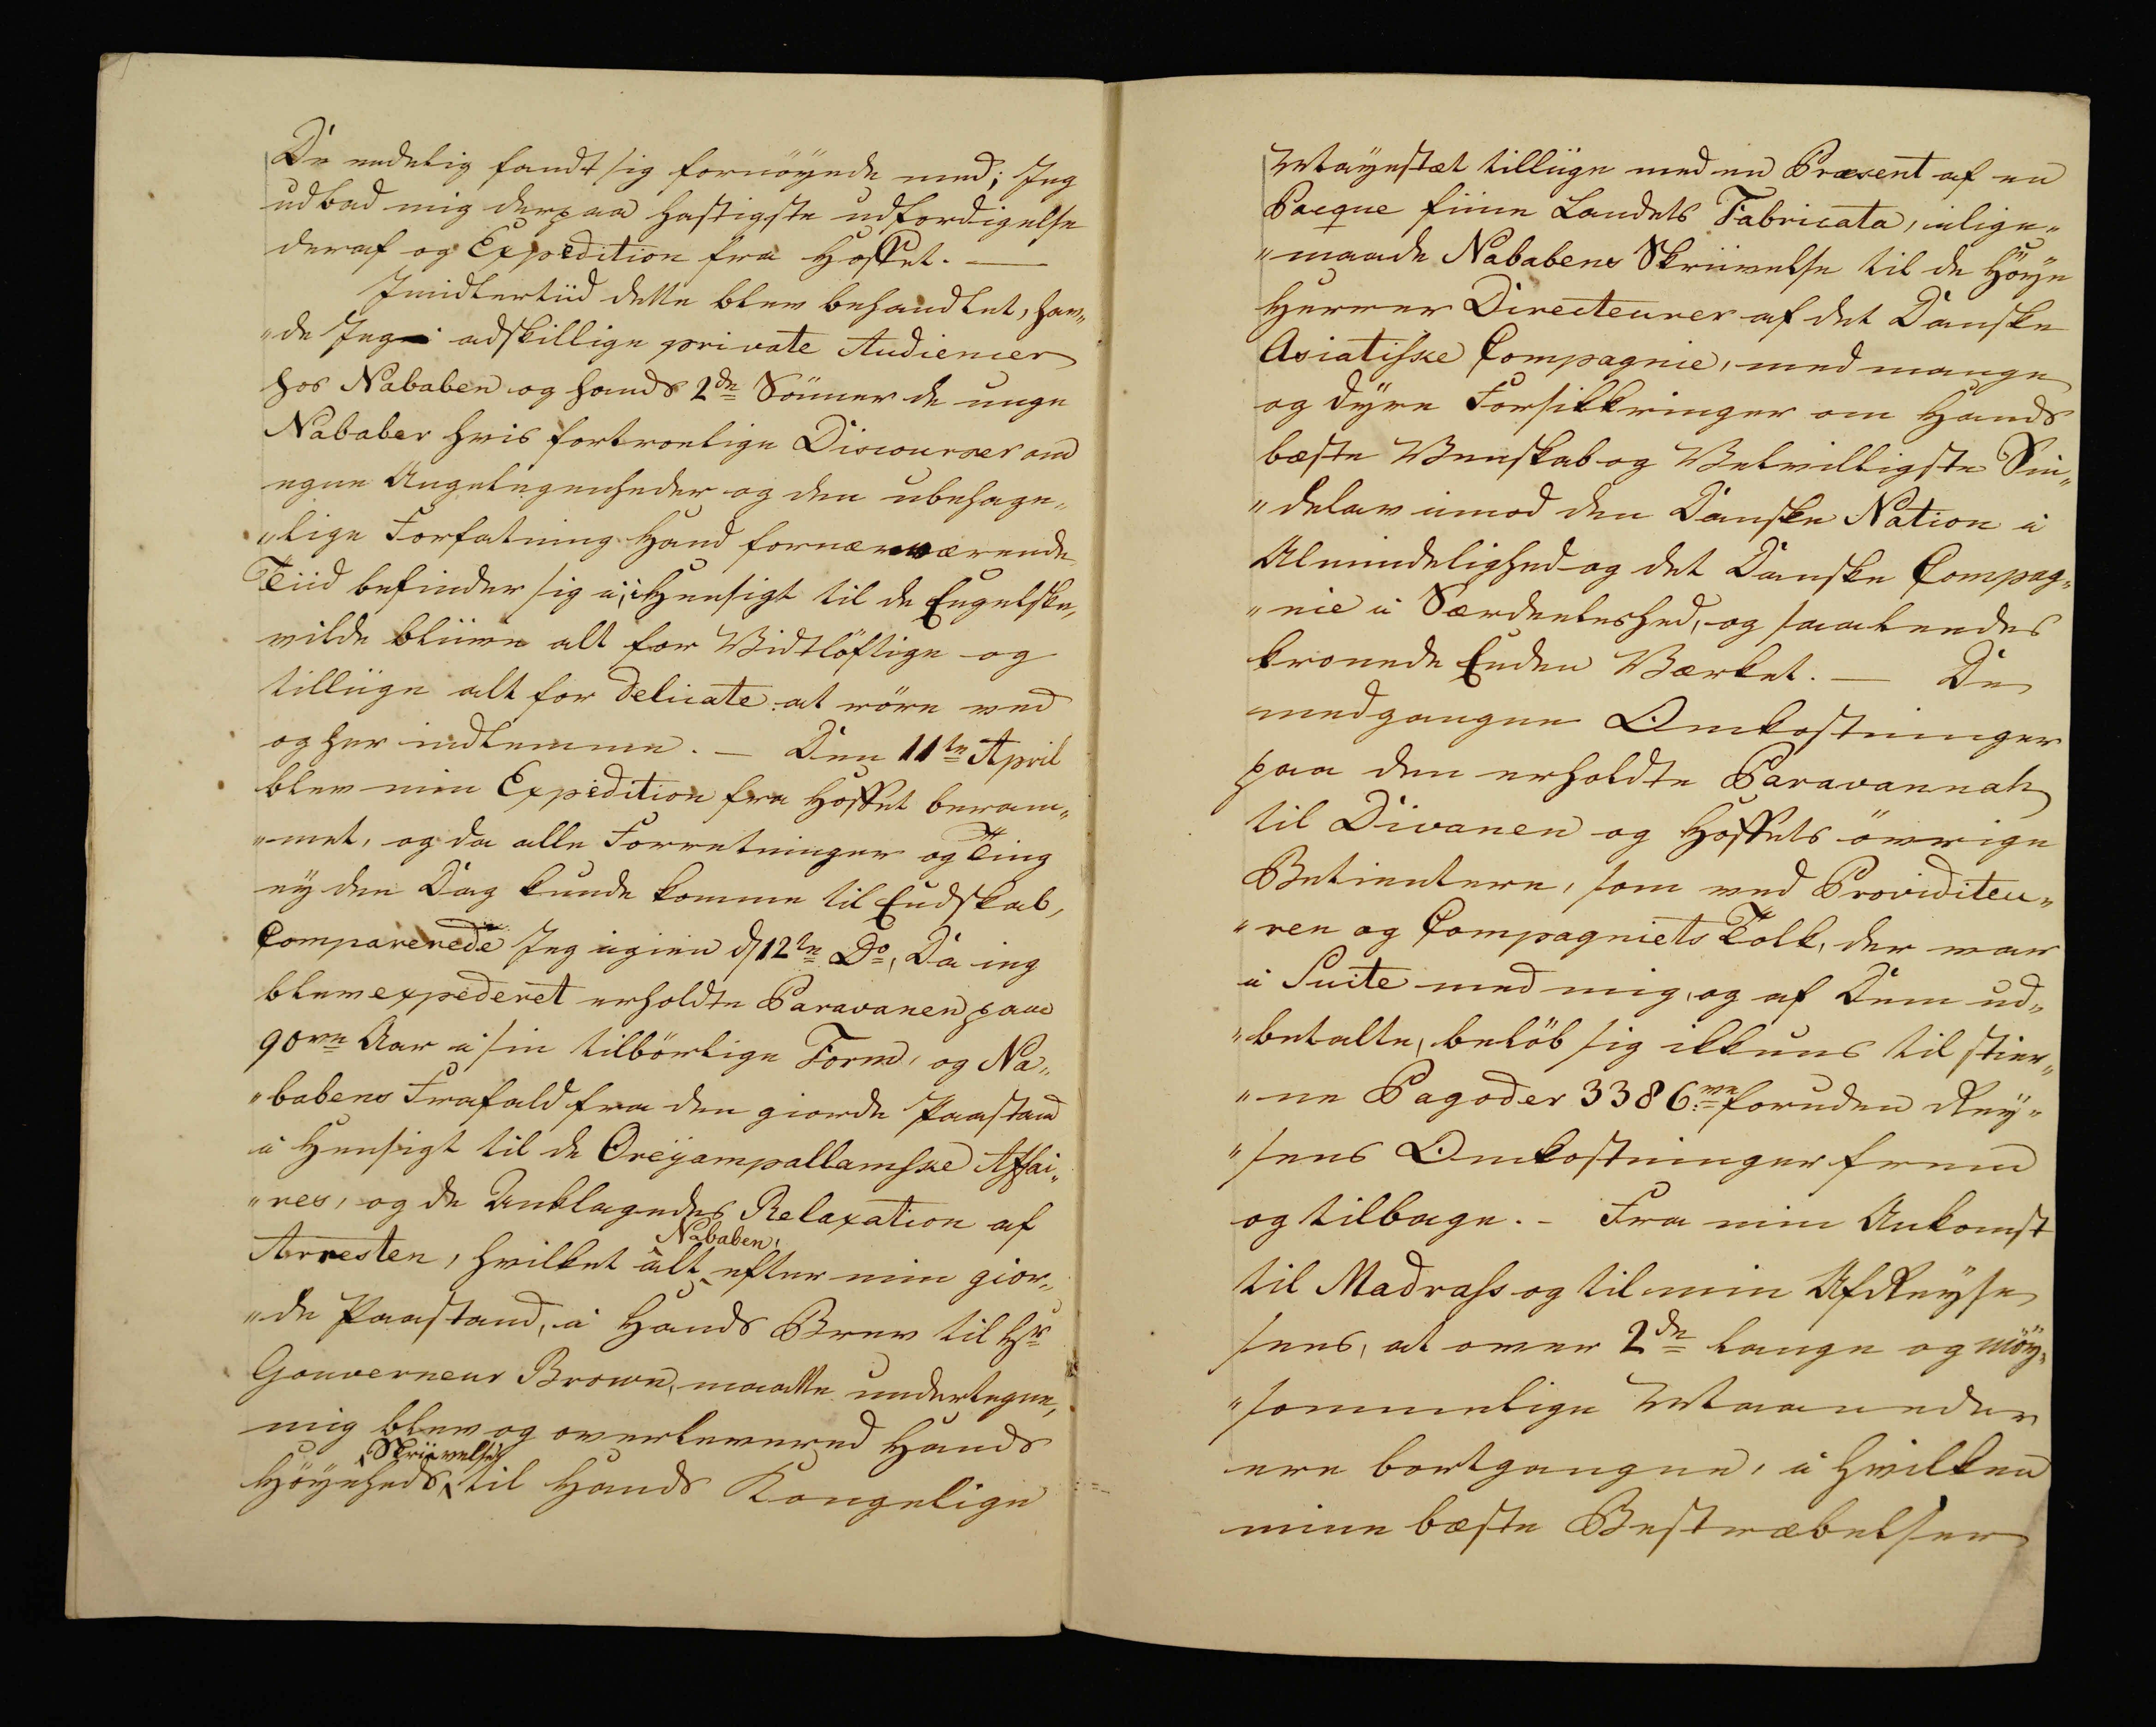
Transkription:
De endelig fandt sig fornöyede med; Jeg
udbad mig derpaa hastigste udfordigelse
deraf og Expedition fra Hoffet. —
Imidlertiid dette blev behandlet, hav„
„de Jeg adskillige private Audiencer
hos Nababen og hands 2de Sönner de unge
Nababer hvis fortroelige Discourser om
egen Angelegenheder og den ubehage„
„lige Forfatning Hand fornærværende
Tiid befinder sig i; i Hensigt til de Engelske,
vilde bliive alt for Vidtlöftige og
tilliige alt for Delicate at röre ved
og her indlevere. - Den 11te April
blev min Expedition fra Hoffet beram„
„met, og da alle Forretninger og Ting
ey den Dag kunde komme til Endskab,
Comparerede Jeg igien d 12te Do, Da ieg
blev expederet erholdte Paravanen paa
90re Aar i sin tilbörlige Form, og Na„
„babens Frafald fra den giorde Paastand
i Hensigt til de Oreyampallamske Affai„
„res, og de Anklagedes Relaxation af
Arresten, hvilket alt Nababen efter min gior„
„de Paastand, i Hands Brev til Hr
Gouverneur Brown, maatte undertegne
mig blev og overlevered Hands
Höyeheds Skriivelse til Hands Kongelige

Mayestæt tilliige med en Præsent af en
Pacque fiine Landets Fabricata, ilige„
„maade Nababens Skriivelse til de Höye
Herrer Directeurer af det Danske
Asiatiske Compagnie, med mange
og dyre Forsikkringer om Hands
bæste Venskab og Velvilligste Sin„
„delav imod den Danske Nation i
Almindelighed og det Danske Compag„
„nie i Særdeeleshed, og saaleedes
kronede Enden Værket. - De
medgangne Omkostninger
oaa den erholdte Paravannah
til Divanen og Hoffets övrige
Betientere, som ved Providiten„
„ren og Compagniets Tolk, der var
i Suite med mig, og af Dem ud„
„betalte, belöb sig ikkuns til stier„
„ne Pagoder 3386re foruden Rey„
„sens Omkostninger frem
og tilbage. - Fra min Ankomst
til Madrass og til min AfReyse
sees, at over 2de lange og möy„
„sommelige Maaneder
ere bortgangne, i hvilken
mine bæste Bestræbelser